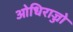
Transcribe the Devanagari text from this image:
ओधिराज्जो